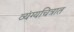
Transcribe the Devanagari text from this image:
व्यंग्यचित्रात